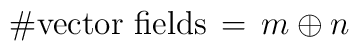
\# \mbox{vector fields} \, = \, m \oplus n